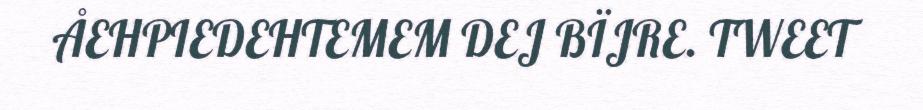
ÅEHPIEDEHTEMEM DEJ BÏJRE. TWEET